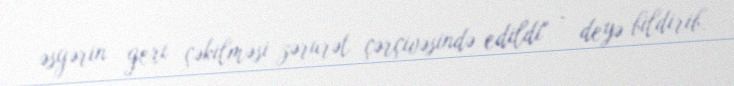
əsgərin geri çəkilməsi zərurət çərçivəsində edildi" - deyə bildirib.